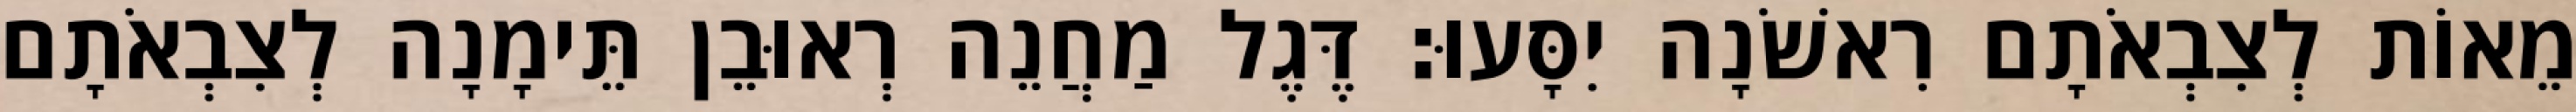
מֵאוֹת לְצִבְאֹתָם רִאשֹׁנָה יִסָּעוּ׃ דֶּגֶל מַחֲנֵה רְאוּבֵן תֵּימָנָה לְצִבְאֹתָם